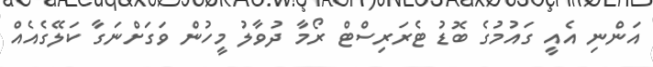
އަންނި އެއީ ގައުމުގެ ބޮޑު ޓެރަރިސްޓް ރޯމާ ދުވާލު މީހުން ވަގަށްނަގާ ކަލޭގެއެއް